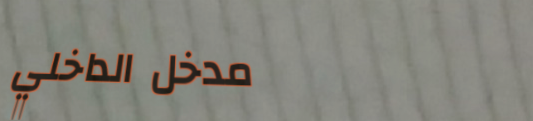
مدخل الداخلي